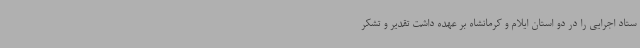
ستاد اجرایی را در دو استان ایلام و کرمانشاه بر عهده داشت تقدیر و تشکر